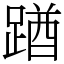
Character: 䠓